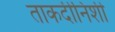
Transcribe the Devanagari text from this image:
ताकदीनिशी